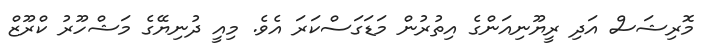
މޮރިޝަސް އަދި ރީޔޫނިއަންގެ އިތުރުން މަޑަގަސްކަރަ އެވެ. މިއީ ދުނިޔޭގެ މަޝްހޫރު ކްރޫޒް